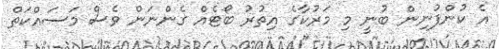
އެ ކުންފުނިން ބުނީ މި މަރުކާގެ އިތުރު ބޯޓެއް ގެންނަން ވެސް މަސައްކަތް